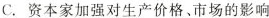
C.资本家加强对生产价格、市场的影响